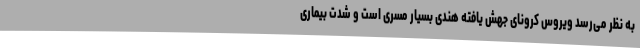
به نظر می‌رسد ویروس کرونای جهش یافته هندی بسیار مسری است و شدت بیماری